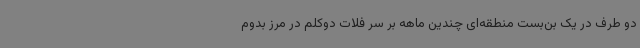
دو طرف در یک بن‌بست منطقه‌ای چندین ماهه بر سر فلات دوکلم در مرز بدوم